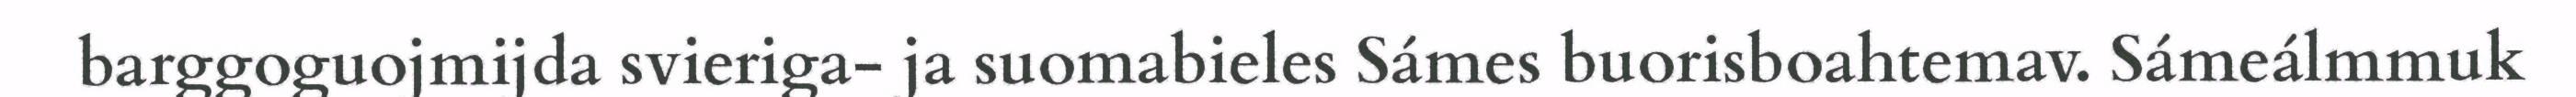
barggoguojmijda svieriga- ja suomabieles Sámes buorisboahtemav. Sámeálmmuk